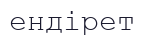
ендірет